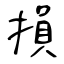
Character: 損